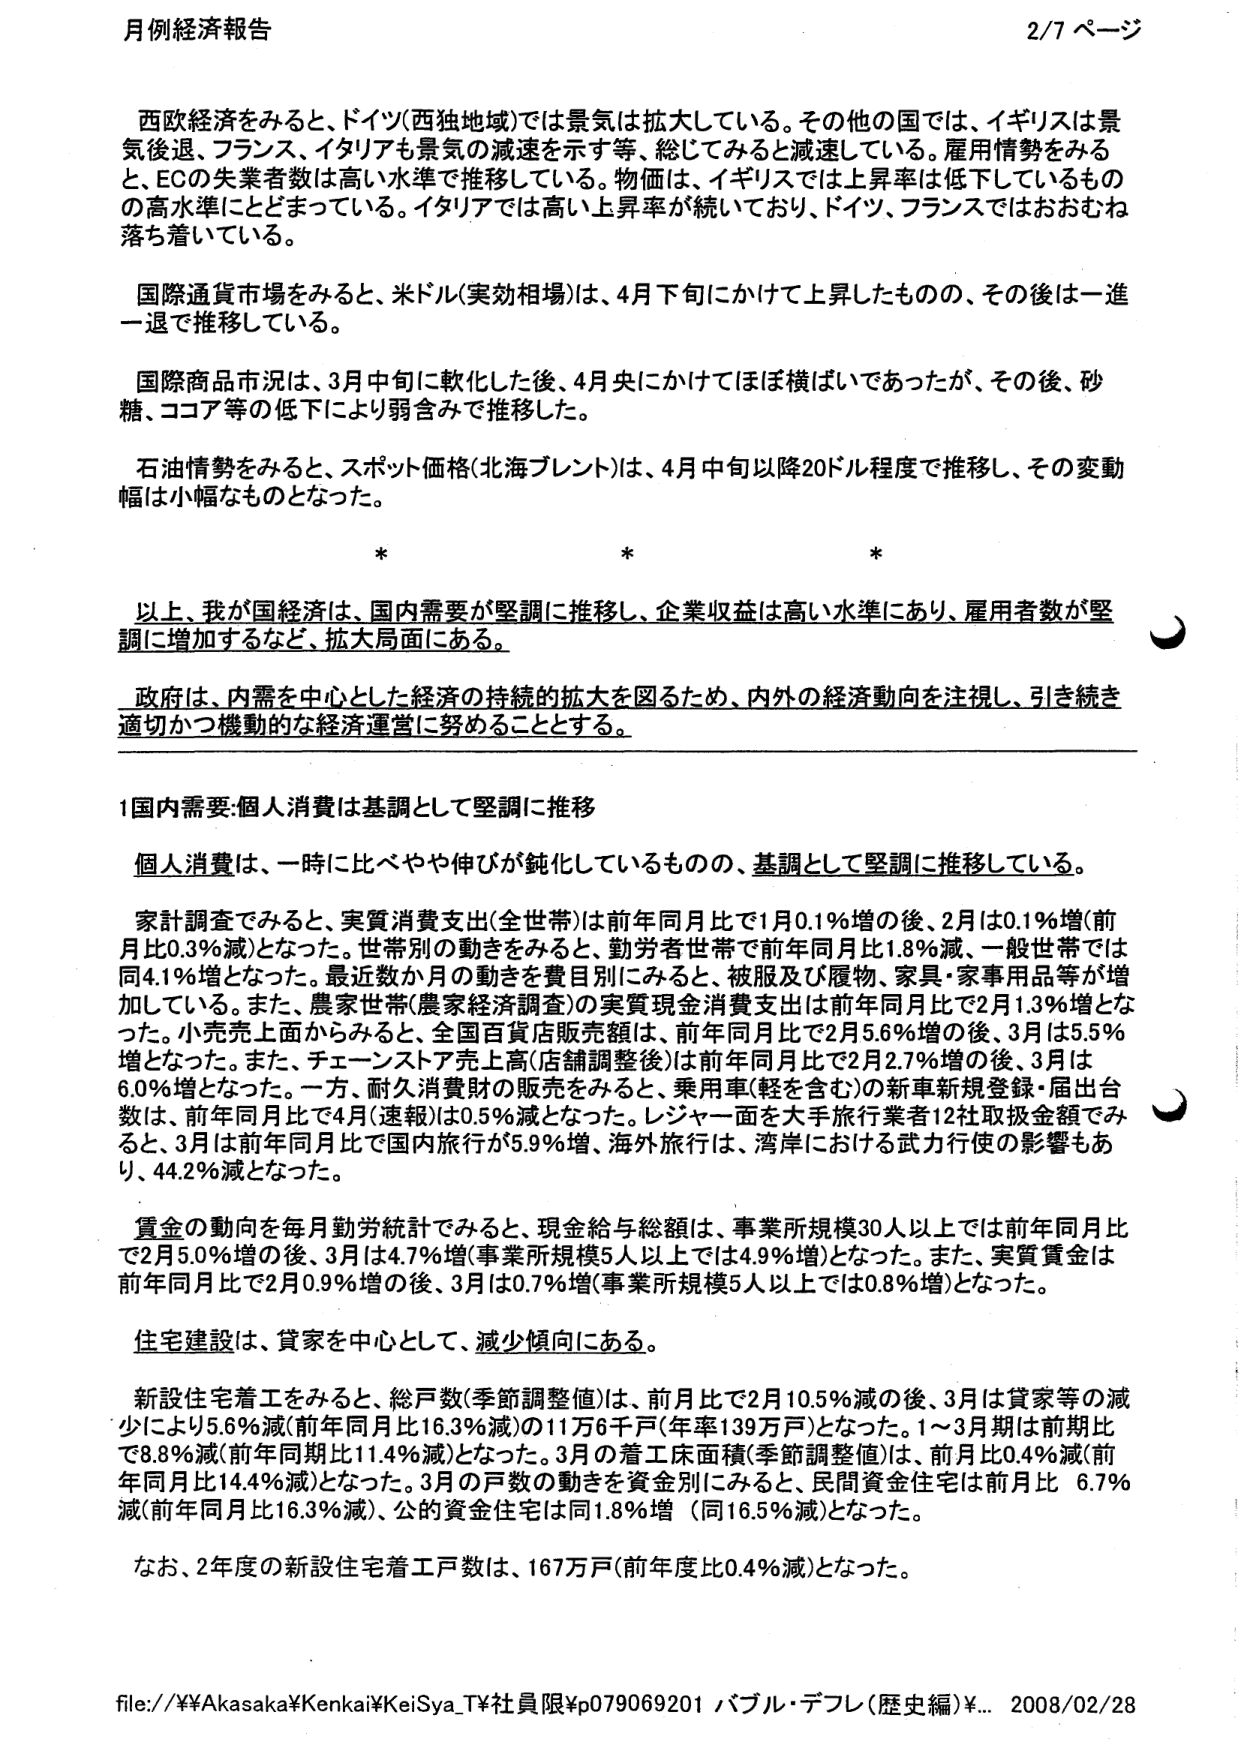
月例経済報告 2/7 ページ

西欧経済をみると、ドイツ(西独地域)では景気は拡大している。その他の国では、イギリスは景気後退、フランス、イタリアも景気の減速を示す等、総じてみると減速している。雇用情勢をみると、ECの失業者数は高い水準で推移している。物価は、イギリスでは上昇率は低下しているものの高水準にとどまっている。イタリアでは高い上昇率が続いており、ドイツ、フランスではおおむね落ち着いている。

国際通貨市場をみると、米ドル(実効相場)は、4月下旬にかけて上昇したものの、その後は一進一退で推移している。

国際商品市況は、3月中旬に軟化した後、4月央にかけてほぼ横ばいであったが、その後、砂糖、ココア等の低下により弱含みで推移した。

石油情勢をみると、スポット価格(北海ブレント)は、4月中旬以降20ドル程度で推移し、その変動幅は小幅なものとなった。

* * *

以上、我が国経済は、国内需要が堅調に推移し、企業収益は高い水準にあり、雇用者数が堅調に増加するなど、拡大局面にある。

政府は、内需を中心とした経済の持続的拡大を図るため、内外の経済動向を注視し、引き続き適切かつ機動的な経済運営に努めることとする。

1 国内需要:個人消費は基調として堅調に推移

個人消費は、一時に比べやや伸びが鈍化しているものの、基調として堅調に推移している。

家計調査でみると、実質消費支出(全世帯)は前年同月比で1月0.1%増の後、2月は0.1%増(前月比0.3%減)となった。世帯別の動きをみると、勤労者世帯で前年同月比1.8%減、一般世帯では同4.1%増となった。最近数か月の動きを費目別にみると、被服及び履物、家具・家事用品等が増加している。また、農家世帯(農家経済調査)の実質現金消費支出は前年同月比で2月1.3%増となった。小売売上面からみると、全国百貨店販売額は、前年同月比で2月5.6%増の後、3月は5.5%増となった。また、チェーンストア売上高(店舗調整後)は前年同月比で2月2.7%増の後、3月は6.0%増となった。一方、耐久消費財の販売をみると、乗用車(軽を含む)の新車新規登録・届出台数は、前年同月比で4月(速報)は0.5%減となった。レジャー面を大手旅行業者12社取扱金額でみると、3月は前年同月比で国内旅行が5.9%増、海外旅行は、湾岸における武力行使の影響もあり、44.2%減となった。

賃金の動向を毎月勤労統計でみると、現金給与総額は、事業所規模30人以上では前年同月比で2月5.0%増の後、3月は4.7%増(事業所規模5人以上では4.9%増)となった。また、実質賃金は前年同月比で2月0.9%増の後、3月は0.7%増(事業所規模5人以上では0.8%増)となった。

住宅建設は、貸家を中心として、減少傾向にある。

新設住宅着工をみると、総戸数(季節調整値)は、前月比で2月10.5%減の後、3月は貸家等の減少により5.6%減(前年同月比16.3%減)の11万6千戸(年率139万戸)となった。1～3月期は前期比で8.8%減(前年同期比11.4%減)となった。3月の着工床面積(季節調整値)は、前月比0.4%減(前年同月比14.4%減)となった。3月の戸数の動きを資金別にみると、民間資金住宅は前月比 6.7%減(前年同月比16.3%減)、公的資金住宅は同1.8%増 (同16.5%減)となった。

なお、2年度の新設住宅着工戸数は、167万戸(前年度比0.4%減)となった。

file://¥¥Akasaka¥Kenkai¥KeiSya_T¥社員限¥p079069201 バブル・デフレ(歴史編)¥... 2008/02/28